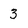
Character: 3